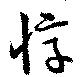
惇